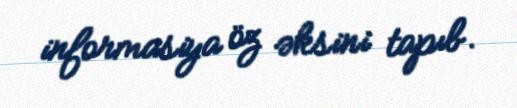
informasiya öz əksini tapıb.